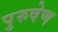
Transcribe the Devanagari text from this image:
पुरुषेण